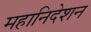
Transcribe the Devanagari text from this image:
महानिदेशन